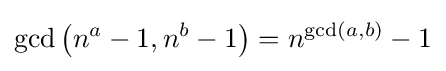
\gcd \left(n^{a}-1,n^{b}-1\right)=n^{\gcd(a,b)}-1